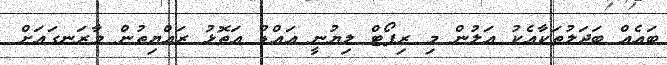
ބައެއް ބަދަލުތަކާއެކު އަލުން މި ރިޕޯޓް ލިޔުނީ އައްޑު އަތޮޅު ރައްޔިތުން މާރަނގައަށް